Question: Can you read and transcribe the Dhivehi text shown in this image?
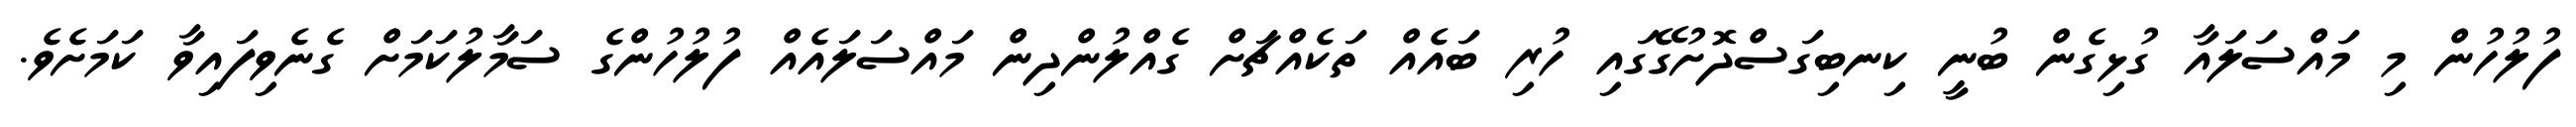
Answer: ފުލުހުން މި މައްސަލައާ ގުޅިގެން ބުނީ ކިނބިގަސްދޮށުގޭގައި ހުރި ބައެއް ތަކެއްޗަށް ގެއްލުންދިން މައްސަލައެއް ފުލުހުންގެ ސަމާލުކަމަށް ގެނެވިފައިވާ ކަމަށެވެ.